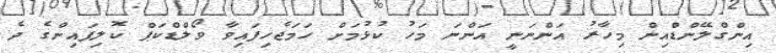
އިންގްލޭންޑްއިން މިހާރު އަންނަނީ އަންނަ މަހު ކުޅުމަށް ހަމަޖެހިފައިވާ ވޯލްޑްކަޕް ކޮލިފައިންގެ ދެ